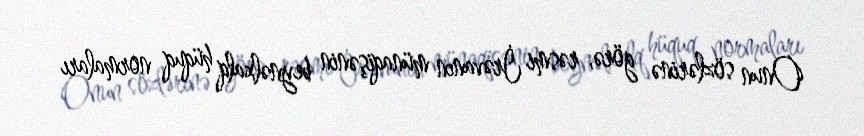
Onun sözlərinə görə, rəsmi İrəvanın münaqişənin beynəlxalq hüquq normaları